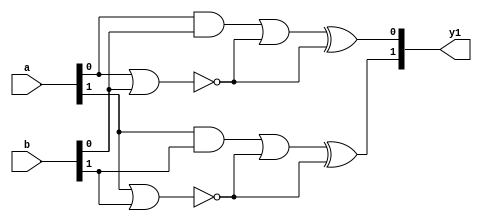
module ex2(y1,a,b);
	input [1:0] a,b;
	output [1:0] y1;
	wire [7:0] w;

	and and_1(w[0],a[1],b[1]);
	nor nor_1(w[1],a[1],b[1]);
	or or_1(w[2],w[0],w[1]);
	xor xor_1(w[3],w[2],w[1]);
	and and_2(w[4],a[0],b[0]);
	nor nor_2(w[5],a[0],b[0]);
	or or_2(w[6],w[4],w[5]);
	xor xor_2(w[7],w[6],w[5]);
	assign y1[1]=w[3];
	assign y1[0]=w[7];
endmodule